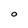
Character: O